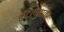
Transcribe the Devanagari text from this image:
हॉटेल्सवर